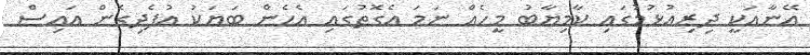
އޭނާއަކީ ދިރިއުޅުމުގައި ކާމިޔާބު މީހެއް ނަމަ އެގޮތުގައި އެހެން ބަޔަކު އުފެދިގެން އައިސް